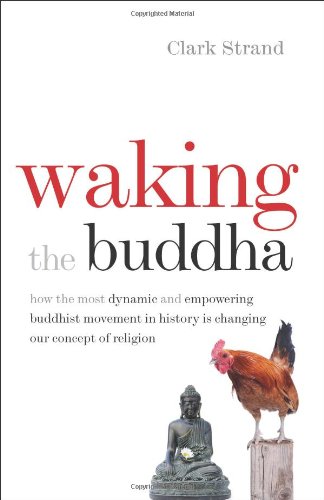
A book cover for Waking the Buddha: How the Most Dynamic and Empowering Buddhist Movement in History Is Changing Our Concept of Religion; Clark Strand; Religion & Spirituality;